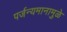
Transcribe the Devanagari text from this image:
पर्जन्यमानामुळे